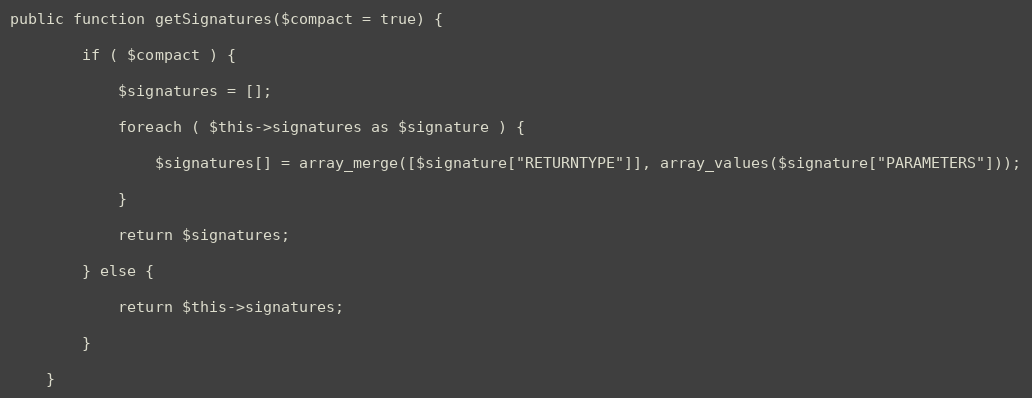
Language: PHP
public function getSignatures($compact = true) {

        if ( $compact ) {

            $signatures = [];

            foreach ( $this->signatures as $signature ) {

                $signatures[] = array_merge([$signature["RETURNTYPE"]], array_values($signature["PARAMETERS"]));

            }

            return $signatures;

        } else {

            return $this->signatures;

        }

    }